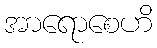
အာရောစေဟိ